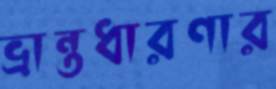
ভ্রান্তধারণার